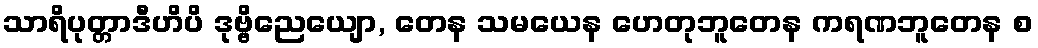
သာရိပုတ္တာဒီဟိပိ ဒုဗ္ဗိညေယျော, တေန သမယေန ဟေတုဘူတေန ကရဏဘူတေန စ